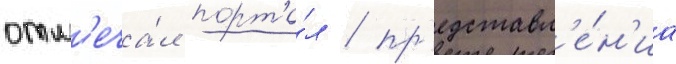
отм'еча́л порта́л / пр'едставл'е́н'иа